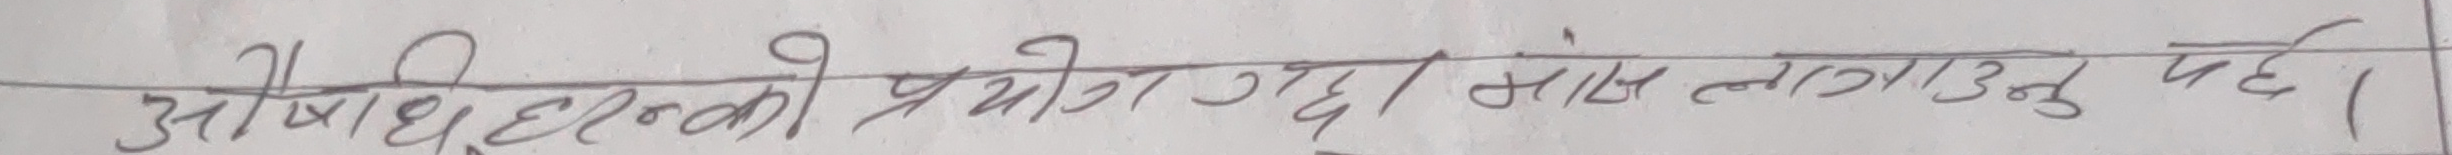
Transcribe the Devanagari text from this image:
आविष्कारहरुको प्रयोग गदा सोच्न लगाउनु पर्छ।